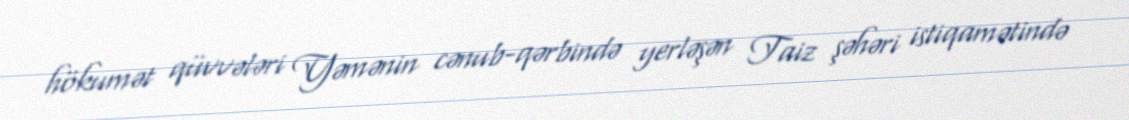
hökumət qüvvələri Yəmənin cənub-qərbində yerləşən Taiz şəhəri istiqamətində